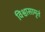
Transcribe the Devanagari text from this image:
विश्वासामृतं